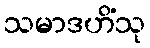
သမာဒဟိံသု